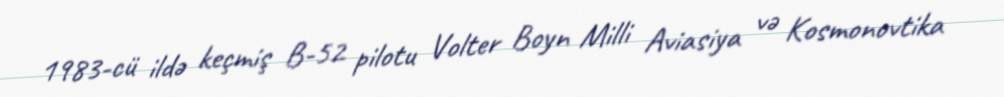
1983-cü ildə keçmiş B-52 pilotu Volter Boyn Milli Aviasiya və Kosmonovtika